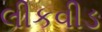
લીકવીડ